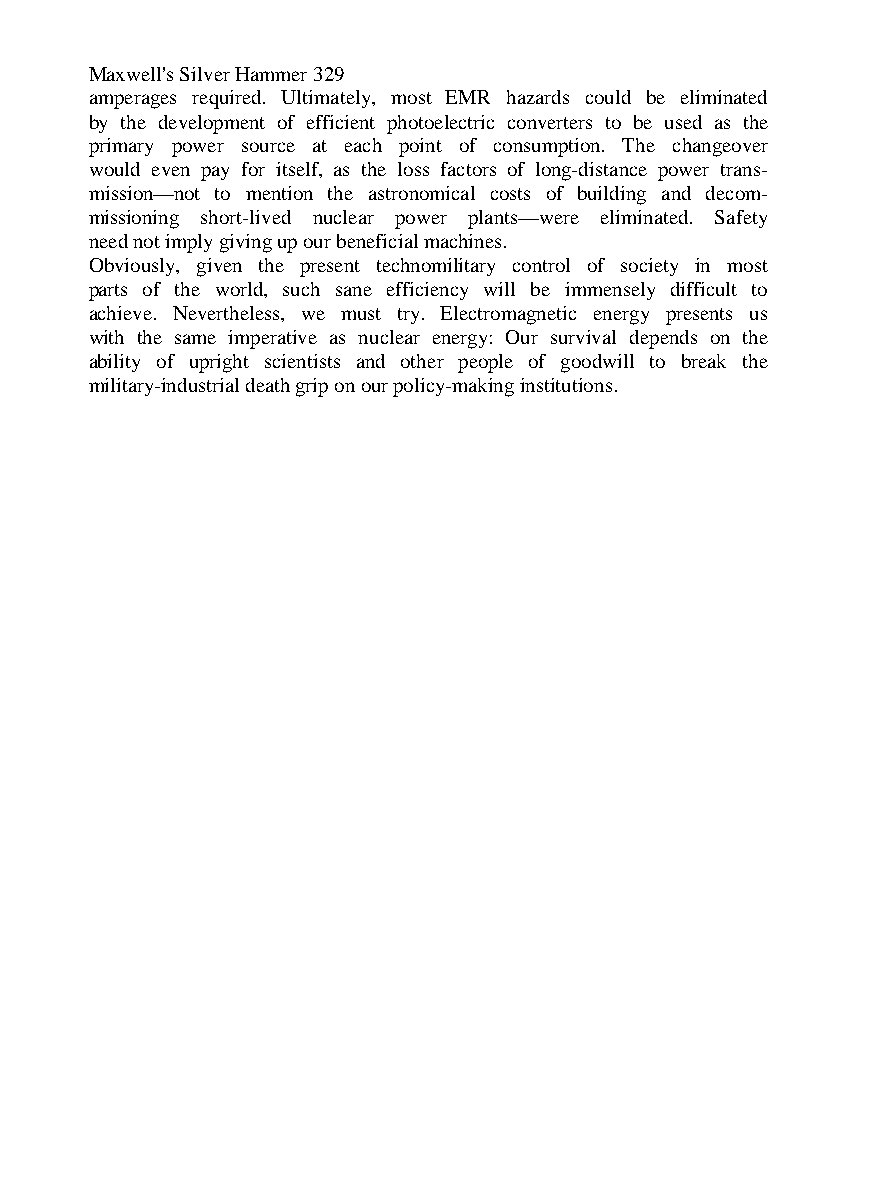
Maxwell's Silver Hammer 329
 amperages required. Ultimately, most EMR hazards could be eliminated
 by the development of efficient photoelectric converters to be used as the
 primary power source at each point of consumption. The changeover
 would even pay for itself, as the loss factors of long-distance power trans-
 mission—not to mention the astronomical costs of building and decom-
 missioning short-lived nuclear power plants—were eliminated. Safety
 need not imply giving up our beneficial machines.
 Obviously, given the present technomilitary control of society in most
 parts of the world, such sane efficiency will be immensely difficult to
 achieve. Nevertheless, we must try. Electromagnetic energy presents us
 with the same imperative as nuclear energy: Our survival depends on the
 ability of upright scientists and other people of goodwill to break the
 military-industrial death grip on our policy-making institutions.